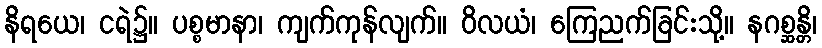
နိရယေ၊ ငရဲ၌။ ပစ္စမာနာ၊ ကျက်ကုန်လျက်။ ဝိလယံ၊ ကြေညက်ခြင်းသို့။ နဂစ္ဆန္တိ၊